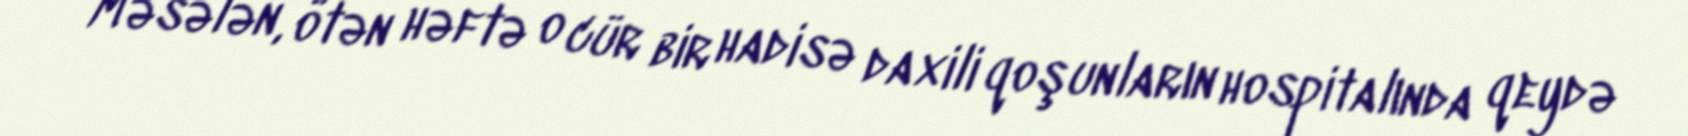
Məsələn, ötən həftə o cür bir hadisə daxili qoşunların hospitalında qeydə